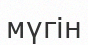
мүгін